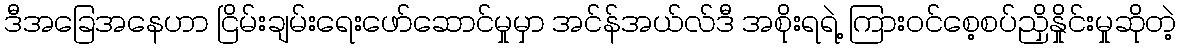
ဒီအခြေအနေဟာ ငြိမ်းချမ်းရေးဖော်ဆောင်မှုမှာ အင်န်အယ်လ်ဒီ အစိုးရရဲ့ ကြားဝင်စေ့စပ်ညှိနှိုင်းမှုဆိုတဲ့